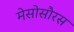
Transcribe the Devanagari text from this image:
मेसोसौरस